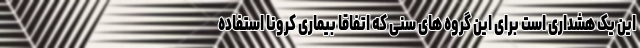
این یک هشداری است برای این گروه های سنی که اتفاقا بیماری کرونا استفاده